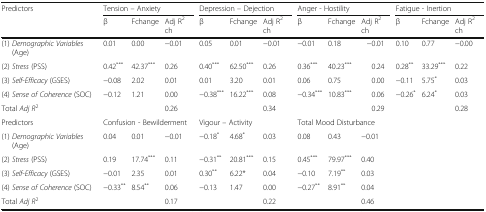
| Predictors | <COLSPAN=3> Tension – Anxiety | <COLSPAN=3> Depression – Dejection | <COLSPAN=3> Anger - Hostility | <COLSPAN=3> Fatigue - Inertion |
 |  | β | Fchange | Adj R2 ch | β | Fchange | Adj R2 ch | β | Fchange | Adj R2 ch | β | Fchange | Adj R2 ch |
 | --- | --- | --- | --- | --- | --- | --- | --- | --- | --- | --- | --- | --- |
 | (1) Demographic Variables (Age) | 0.01 | 0.00 | −0.01 | 0.05 | 0.01 | −0.01 | −0.01 | 0.18 | −0.01 | 0.10 | 0.77 | −0.00 |
 | (2) Stress (PSS) | 0.42*** | 42.37*** | 0.26 | 0.40*** | 62.50*** | 0.26 | 0.36*** | 40.23*** | 0.24 | 0.28** | 33.29*** | 0.22 |
 | (3) Self-Efficacy (GSES) | −0.08 | 2.02 | 0.01 | 0.01 | 3.20 | 0.01 | 0.06 | 0.75 | 0.00 | −0.11 | 5.75* | 0.03 |
 | (4) Sense of Coherence (SOC) | −0.12 | 1.21 | 0.00 | −0.38*** | 16.22*** | 0.08 | −0.34*** | 10.83*** | 0.06 | −0.26* | 6.24* | 0.03 |
 | Total Adj R2 |  |  | 0.26 |  |  | 0.34 |  |  | 0.29 |  |  | 0.28 |
 | Predictors | <COLSPAN=3> Confusion - Bewilderment | <COLSPAN=3> Vigour – Activity | <COLSPAN=6> Total Mood Disturbance |
 | (1) Demographic Variables (Age) | 0.04 | 0.01 | −0.01 | −0.18* | 4.68* | 0.03 | 0.08 | 0.43 | <COLSPAN=4> −0.01 |
 | (2) Stress (PSS) | 0.19 | 17.74*** | 0.11 | −0.31** | 20.81*** | 0.15 | 0.45*** | 79.97*** | <COLSPAN=4> 0.40 |
 | (3) Self-Efficacy (GSES) | −0.01 | 2.35 | 0.01 | 0.30** | 6.22* | 0.04 | −0.10 | 7.19** | <COLSPAN=4> 0.03 |
 | (4) Sense of Coherence (SOC) | −0.33** | 8.54** | 0.06 | −0.13 | 1.47 | 0.00 | −0.27** | 8.91** | <COLSPAN=4> 0.04 |
 | Total Adj R2 |  |  | 0.17 |  |  | 0.22 |  |  | <COLSPAN=4> 0.46 |